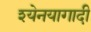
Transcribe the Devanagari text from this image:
श्येनयागादी